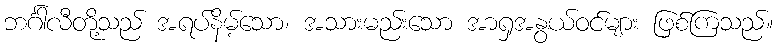
ဘင်္ဂါလီတို့သည် အရပ်နိမ့်သော၊ အသားမည်းသော အာရှအနွယ်ဝင်များ ဖြစ်ကြသည်။